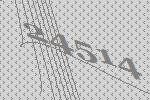
24514